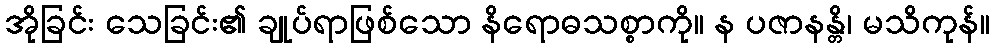
အိုခြင်း သေခြင်း၏ ချုပ်ရာဖြစ်သော နိရောဓသစ္စာကို။ န ပဇာနန္တိ၊ မသိကုန်။